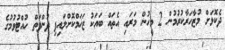
ދެކޮޅަށް މުޒާހަރާކުރުމުން 2 މީހުން މަރައި އެތައް ބައަކު ޒަޚަމްކޮށްލައިފި ދުންފަތް ހުއްޓުވުމުގެ